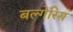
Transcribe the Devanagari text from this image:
बल्गेरिस